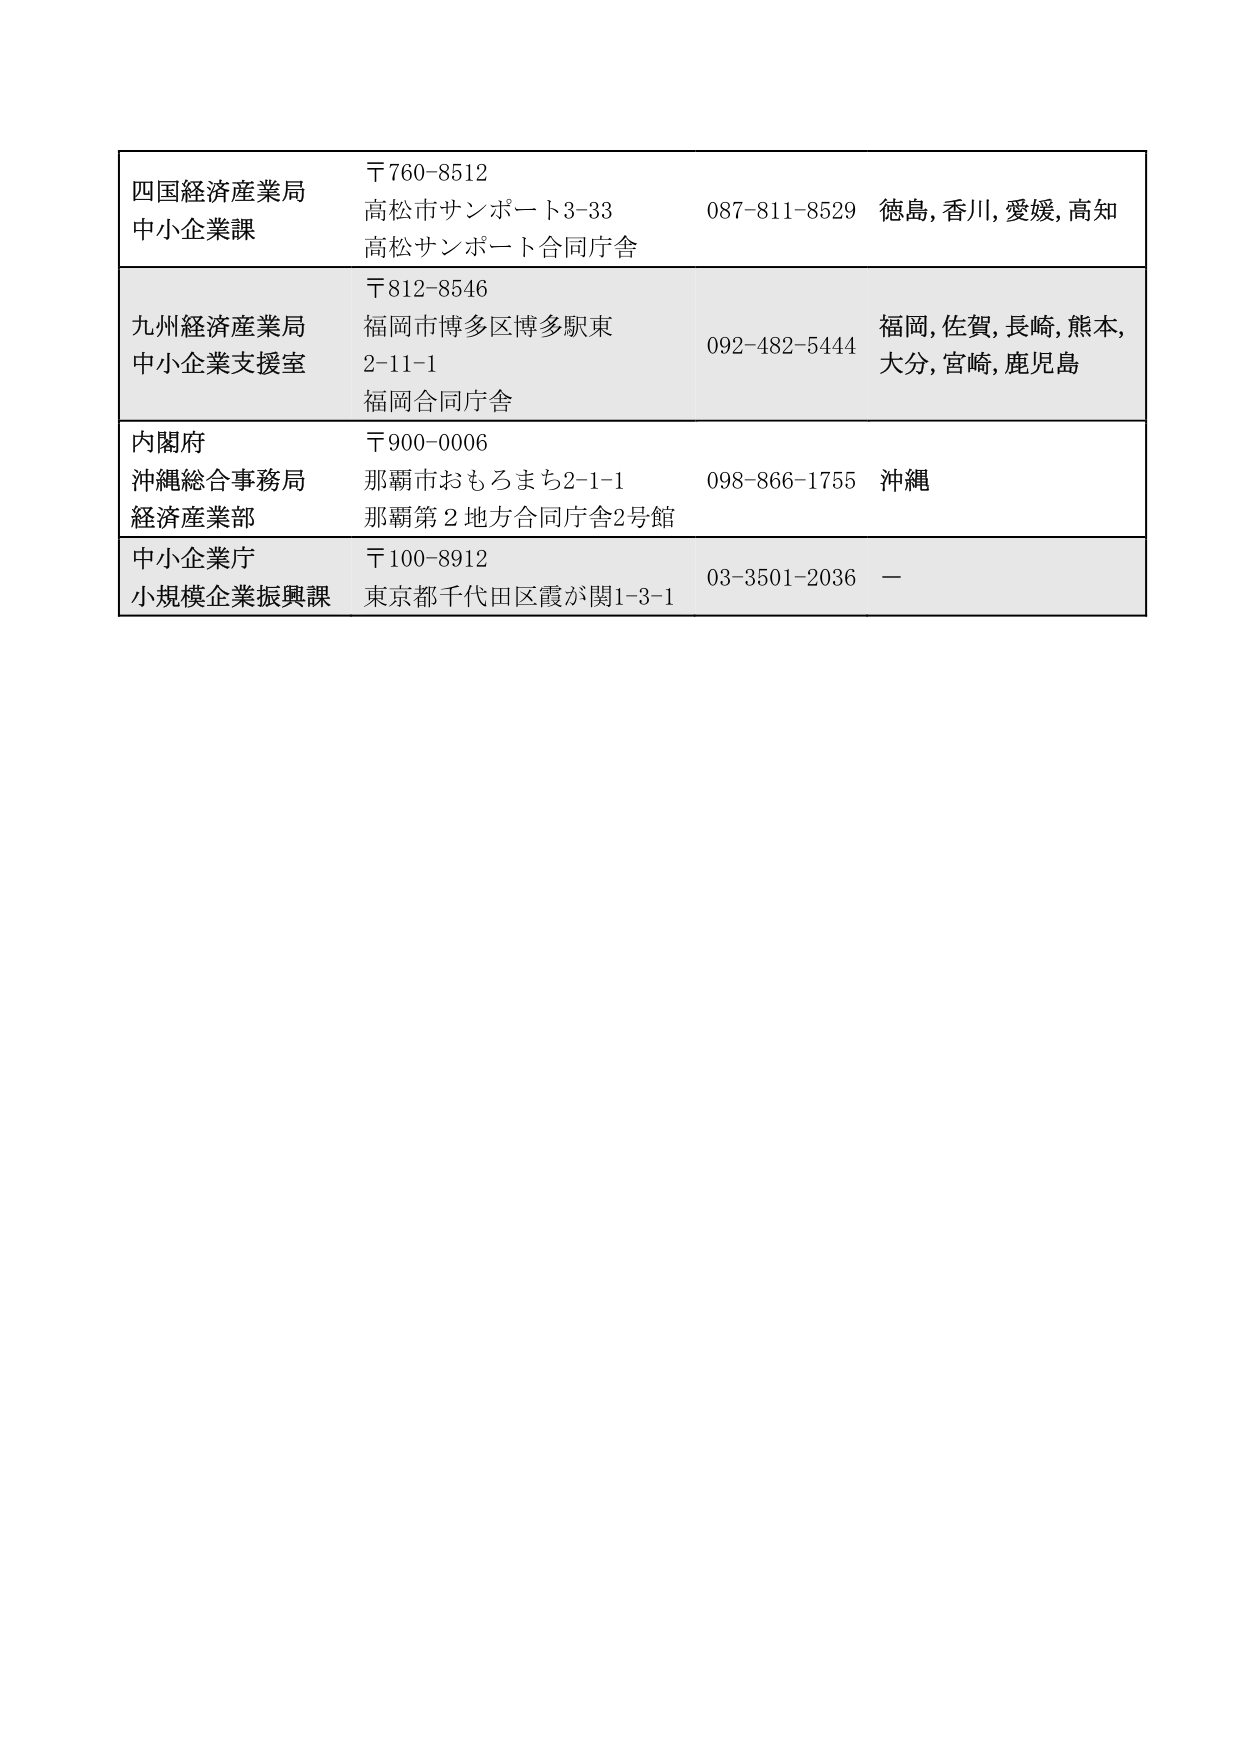
四国経済産業局
中小企業課
〒760-8512
高松市サンポート3-33
高松サンポート合同庁舎
087-811-8529
徳島, 香川, 愛媛, 高知

九州経済産業局
中小企業支援室
〒812-8546
福岡市博多区博多駅東
2-11-1
福岡合同庁舎
092-482-5444
福岡, 佐賀, 長崎, 熊本,
大分, 宮崎, 鹿児島

内閣府
沖縄総合事務局
経済産業部
〒900-0006
那覇市おもろまち2-1-1
那覇第2地方合同庁舎2号館
098-866-1755
沖縄

中小企業庁
小規模企業振興課
〒100-8912
東京都千代田区霞が関1-3-1
03-3501-2036
ー